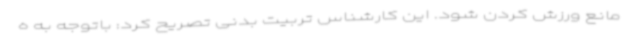
مانع ورزش کردن شود. این کارشناس تربیت بدنی تصریح کرد: باتوجه به ه